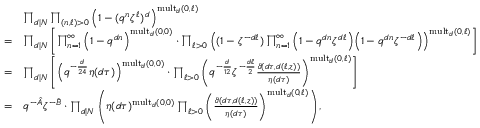
\begin{array} { r l } & { \prod _ { d | N } \prod _ { ( n , \ell ) > 0 } \left( 1 - ( q ^ { n } \zeta ^ { \ell } ) ^ { d } \right) ^ { \mathrm { m u l t } _ { d } ( 0 , \ell ) } } \\ { = } & { \prod _ { d | N } \left[ \prod _ { n = 1 } ^ { \infty } \Big ( 1 - q ^ { d n } \Big ) ^ { \mathrm { m u l t } _ { d } ( 0 , 0 ) } \cdot \prod _ { \ell > 0 } \left( ( 1 - \zeta ^ { - d \ell } ) \prod _ { n = 1 } ^ { \infty } \Big ( 1 - q ^ { d n } \zeta ^ { d \ell } \Big ) \Big ( 1 - q ^ { d n } \zeta ^ { - d \ell } \Big ) \right) ^ { \mathrm { m u l t } _ { d } ( 0 , \ell ) } \right] } \\ { = } & { \prod _ { d | N } \left[ \Big ( q ^ { - \frac { d } { 2 4 } } \eta ( d \tau ) \Big ) ^ { \mathrm { m u l t } _ { d } ( 0 , 0 ) } \cdot \prod _ { \ell > 0 } \left( q ^ { - \frac { d } { 1 2 } } \zeta ^ { - \frac { d \ell } { 2 } } \frac { \vartheta ( d \tau , d ( \ell , \mathfrak { z } ) ) } { \eta ( d \tau ) } \right) ^ { \mathrm { m u l t } _ { d } ( 0 , \ell ) } \right] } \\ { = } & { q ^ { - \hat { A } } \zeta ^ { - \hat { B } } \cdot \prod _ { d | N } \left( \eta ( d \tau ) ^ { \mathrm { m u l t } _ { d } ( 0 , 0 ) } \prod _ { \ell > 0 } \left( \frac { \vartheta ( d \tau , d ( \ell , \mathfrak { z } ) ) } { \eta ( d \tau ) } \right) ^ { \mathrm { m u l t } _ { d } ( 0 , \ell ) } \right) , } \end{array}